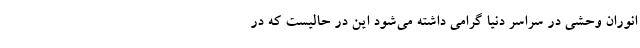
انوران وحشی در سراسر دنیا گرامی داشته می‌شود این در حالیست که در